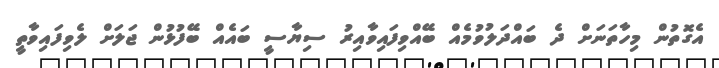
އެގޮތުން މިހާތަނަށް ދެ ބައްދަލުވުމެއް ބޭއްވިފައިވާއިރު ސިޔާސީ ބައެއް ބޭފުޅުން ޖަލަށް ލެވިފައިވާތީ